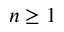
n \geq 1